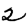
Digit: 2